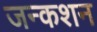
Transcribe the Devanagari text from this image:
जन्कशन